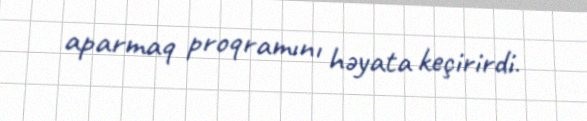
aparmaq proqramını həyata keçirirdi.